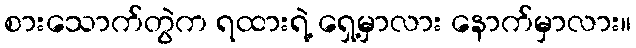
စားသောက်တွဲက ရထားရဲ့ ရှေ့မှာလား နောက်မှာလား။